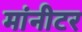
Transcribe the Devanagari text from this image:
मांनीटर